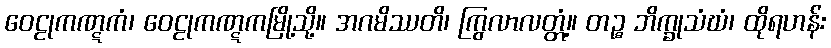
ဝေဠုကဏ္ဋကံ၊ ဝေဠုကဏ္ဋကမြို့သို့။ အဂမိဿတိ၊ ကြွလာလတ္တံ့။ တဉ္စ ဘိက္ခုသံဃံ၊ ထိုရဟန်း